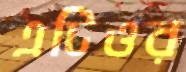
এটিওর